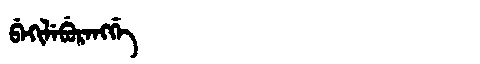
Manchu: ᠪᡝᡴᡳᠯᡝᠪᡠᡵᡝᠩᡤᡝ
Romanization: BEKILEBURENGGE